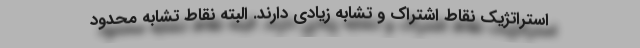
استراتژیک نقاط اشتراک و تشابه زیادی دارند. البته نقاط تشابه محدود